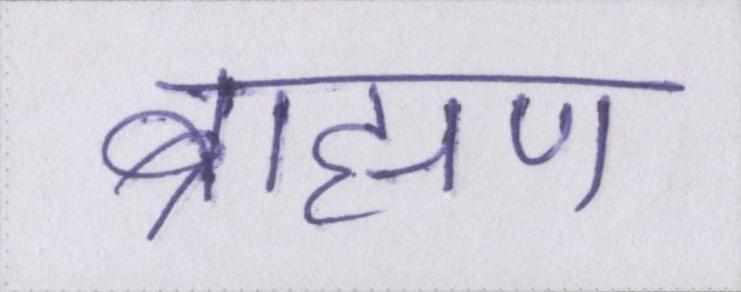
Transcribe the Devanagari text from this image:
ब्राह्मण